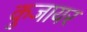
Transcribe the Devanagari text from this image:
कुजायर